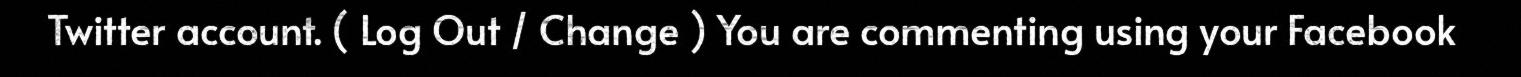
Twitter account. ( Log Out / Change ) You are commenting using your Facebook